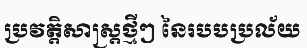
ប្រវត្តិសាស្ត្រថ្មីៗ នៃរបបប្រល័យ